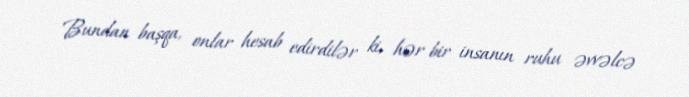
Bundan başqa, onlar hesab edirdilər ki, hər bir insanın ruhu əvvəlcə